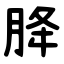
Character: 胮